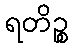
ရတိဉ္စ